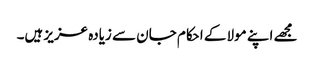
مجھے اپنے مولا کے احکام جان سے زیادہ عزیز ہیں۔